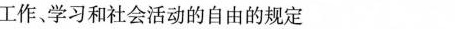
工作、学习和社会活动的自由的规定